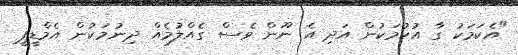
"އެކަމަކު ގާ އުކުމަކުން އަދި އެ ނޫން ވެސް ގެއްލުމެއް ދިނުމަކުން އެމްޑީޕީ